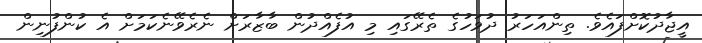
އީޖާދުކޮށްފައެވެ. ތިންއަހަރު ދުވަހުގެ ތެރޭގައި މި އުފެއްދުން ބާޒާރަށް ނެރެވޭނެކަމަށް އެ ކުންފުނިން